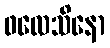
ဖလေသိနော